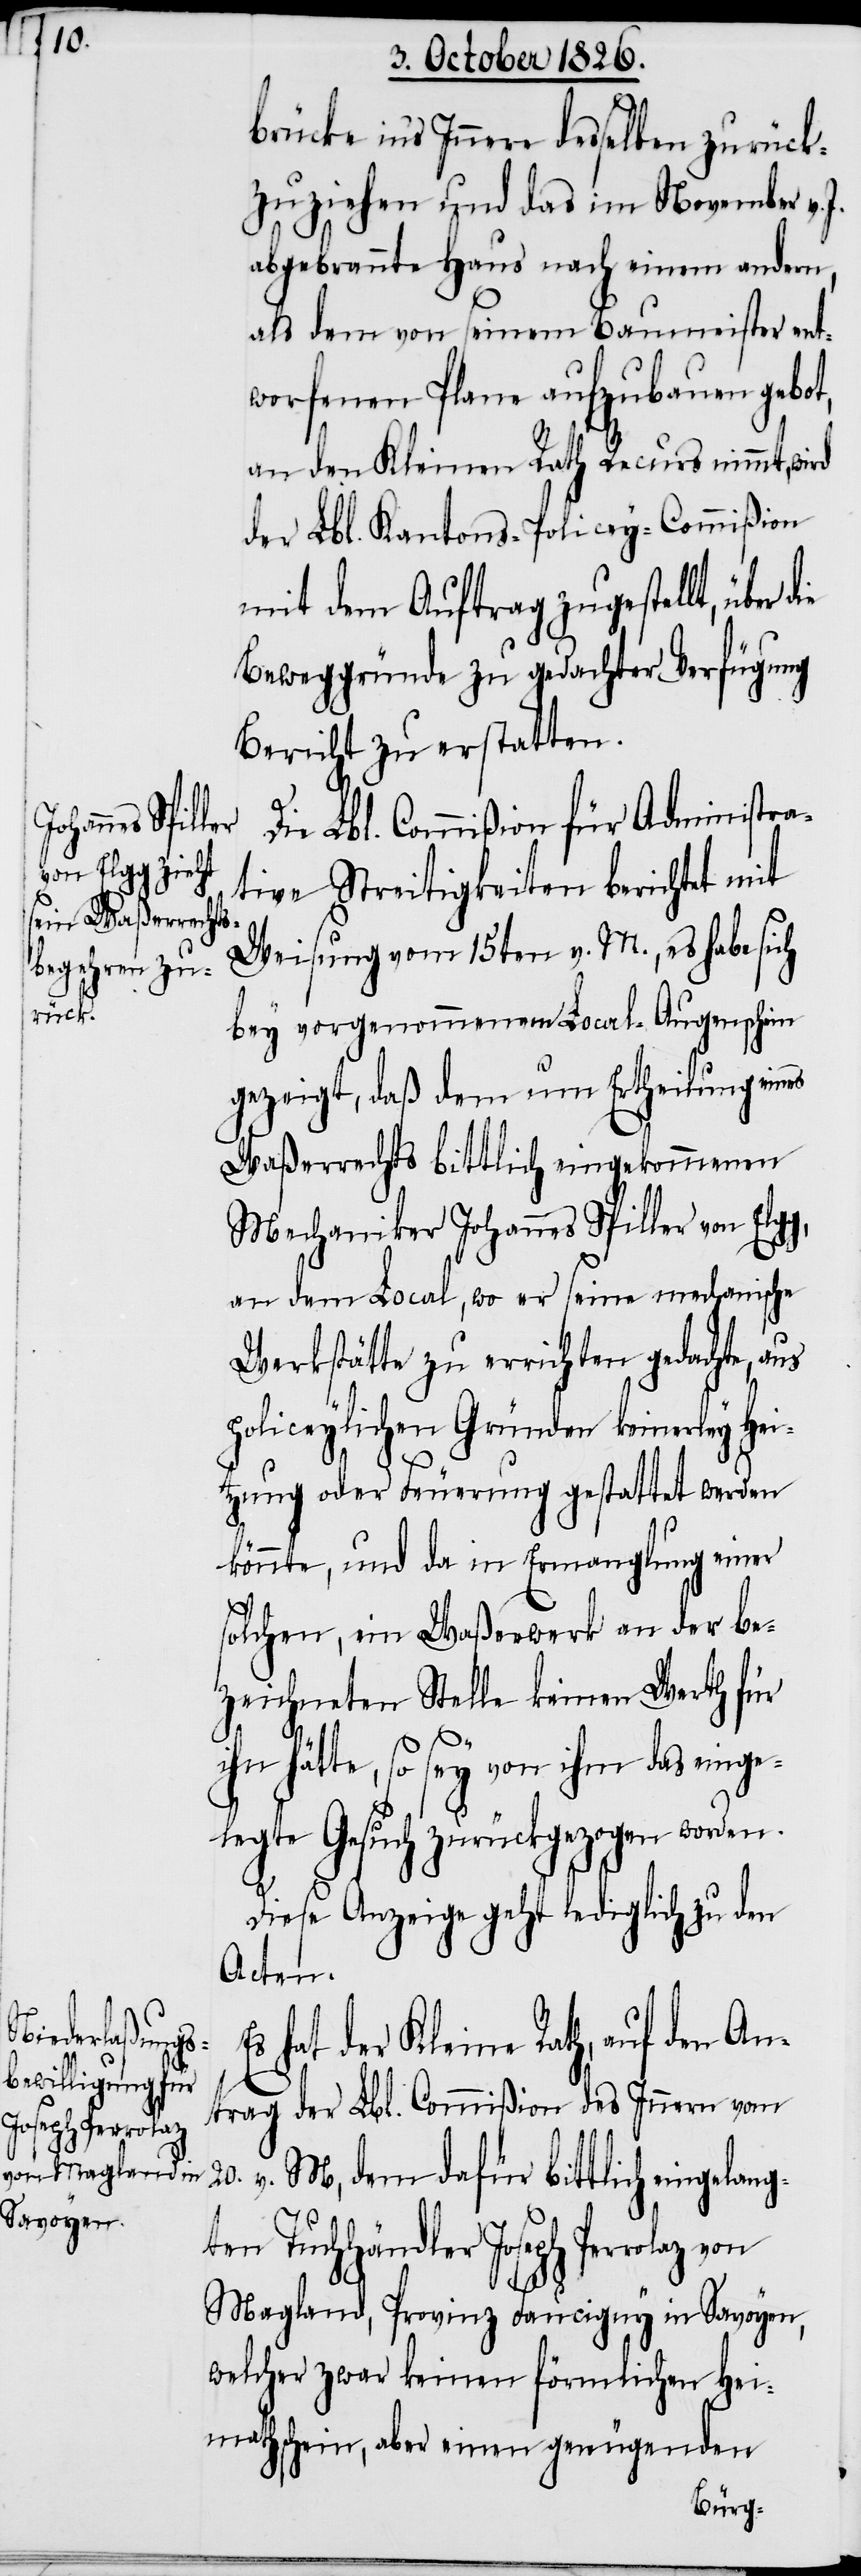
ge¬

brücke in’s Innere desselben zurück¬
zuziehen und das im November v.
abgebrannte Haus nach einem andern,
als dem von seinem Baumeister ent¬
worfenen Plane aufzubauen gebot,
an den Kleinen Rath Recurs nimmt, wird
der Lbl. Kantons-Policey-Commißion
mit dem Auftrag zugestellt, über
Beweggründe zu gedachter Verfügung
Bericht zu erstatten.
Die Lbl. Commißion für Administra¬
tive Streitigkeiten berichtet mit
Weisung vom 15ten v. M., es habe sich
bey vorgenommenem Local-Augenschein
gezeigt, daß dem um Ertheilung eines
Waßerrechts bittlich eingekommenen
Mechaniker Johannes Spiller von Elg¬
an dem Local, wo er seine mechanische
Werkstätte zu errichten gedachte, aus
policeylichen Gründen keinerley Hei¬
tzung oder Feuerung gestattet werden
könnte, und da in Ermanglung einer
solchen, ein Waßerwerk an der be¬
zeichneten Stelle keinen Werth für
g,
hätte, so sey von ihm das ein¬
legte Gesuch zurückgezogen worden.
Diese Anzeige geht lediglich zu den
Acten.
hat der Kleine Rath, auf den An¬
trag der Lbl. Commißion des Innern vom
20. v. M., dem dafür bittlich eingelang¬
ten Tuchhändler Joseph Perrolaz
Magland, Provinz Faucigny in Savoyen
welcher zwar keinen förmlichen Hei¬
mathschein, aber einen genügenden